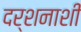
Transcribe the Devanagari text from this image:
दर्शनाशी